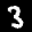
Label: 3